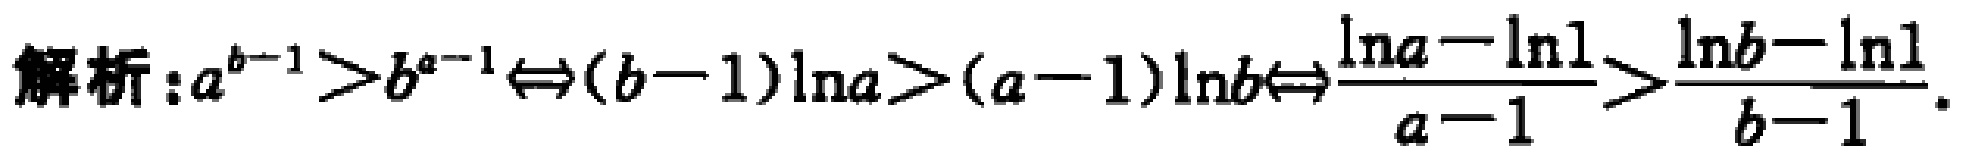
解析：\(a^{b - 1} > b^{a - 1} \Leftrightarrow (b - 1)\ln a > (a - 1)\ln b \Leftrightarrow \frac{\ln a - \ln 1}{a - 1} > \frac{\ln b - \ln 1}{b - 1}\)